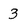
Character: 3